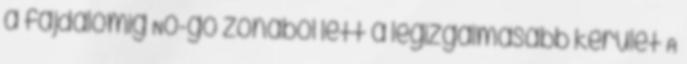
a fájdalomig No-go zónából lett a legizgalmasabb kerület A